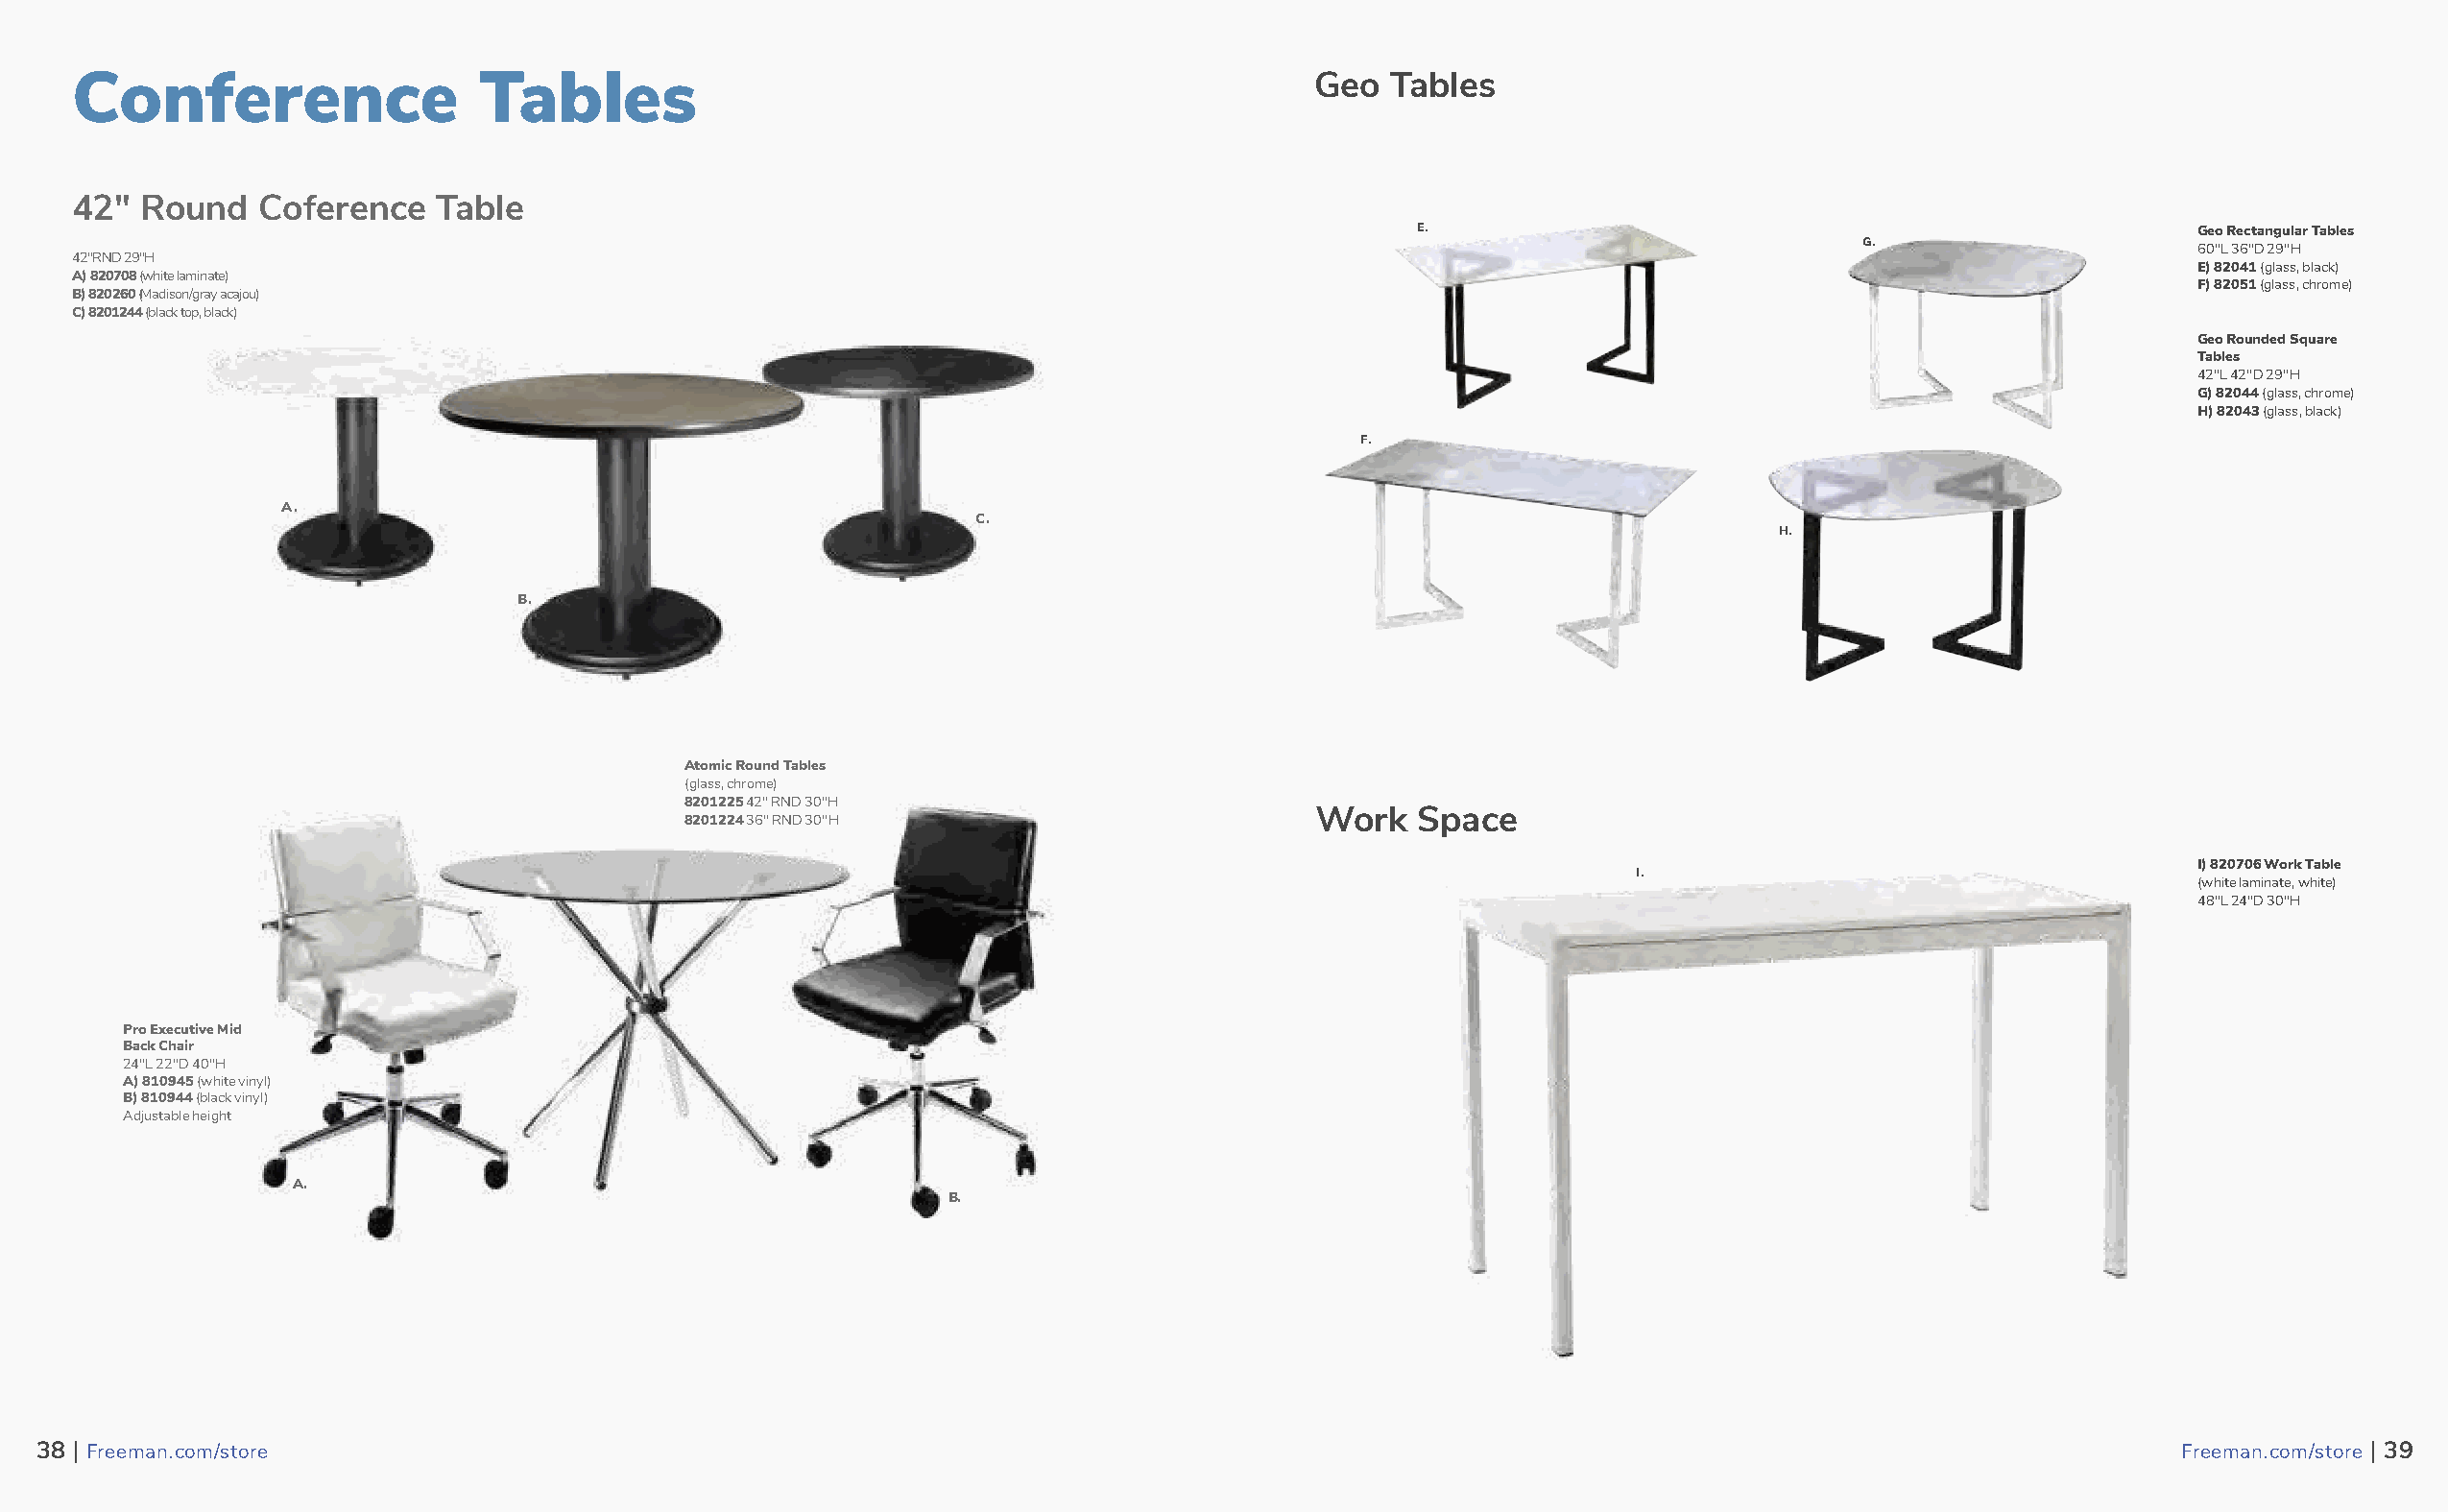
Conference                  Tables                                                    Geo  Tables
 42"  Round   Coference   Table
 E.                                                    Geo Rectangular Tables
 G.                      60"L 36"D 29"H
 42"RND 29"H
 E) 82041 (glass, black)
 A) 820708 (white laminate)
 F) 82051 (glass, chrome)
 B) 820260 (Madison/gray acajou)
 C) 8201244 (black top, black)
 Geo Rounded Square
 Tables
 42"L 42"D 29"H
 G) 82044 (glass, chrome)
 H) 82043 (glass, black)
 F.
 A.
 C.
 H.
 B.
 Atomic Round Tables
 (glass, chrome)
 8201225 42" RND 30"H
 Work   Space
 8201224 36" RND 30"H
 I) 820706 Work Table
 I.
 (white laminate, white)
 48"L 24"D 30"H
 Pro Executive Mid
 Back Chair
 24"L 22"D 40"H
 A) 810945 (white vinyl)
 B) 810944 (black vinyl)
 Adjustable height
 A.
 B.
 3388 || FFrreeeemmaann..ccoomm//ssttoorree                                                                                                          FFrreeeemmaann..ccoomm//ssttoorree || 3399
 39                                                                                                                                                                 40